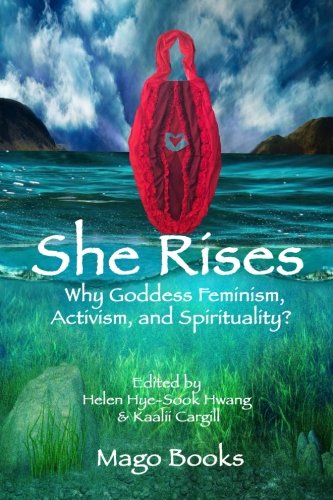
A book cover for She Rises: Why Goddess Feminism, Activism and Spirituality? (Mago Books Collective Writing) (Volume 1); Mago Books; Religion & Spirituality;